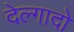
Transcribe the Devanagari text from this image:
देल्गादो